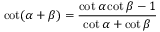
\cot ( \alpha + \beta ) = { \frac { \cot \alpha \cot \beta - 1 } { \cot \alpha + \cot \beta } }